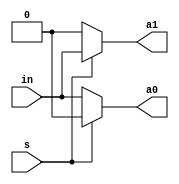
module Demux(input s,in,output a0,a1);
assign a0=(s==1'b0)?in:0;
assign a1=(s==1'b1)?in:0;
endmodule

module demux1by8(input in,input [2:0] sw, output [7:0] f);
wire p,q,r,t,u,v;
Demux d1(.in(in),.s(sw[2]),.a0(p),.a1(q));
Demux d2(.in(p),.s(sw[1]),.a0(r),.a1(t));
Demux d3(.in(q),.s(sw[1]),.a0(u),.a1(v));
Demux d4(.in(r),.s(sw[0]),.a0(f[0]),.a1(f[1]));
Demux d5(.in(t),.s(sw[0]),.a0(f[2]),.a1(f[3]));
Demux d6(.in(u),.s(sw[0]),.a0(f[4]),.a1(f[5]));
Demux d7(.in(v),.s(sw[0]),.a0(f[6]),.a1(f[7]));
endmodule